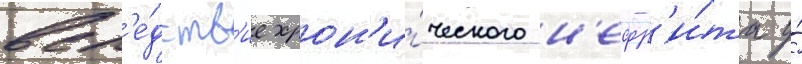
всл'е́дств'ие хрон'и́ческого н'ефр'и́та у́